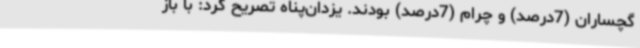
گچساران (7درصد) و چرام (7درصد) بودند. یزدان‌پناه تصریح کرد: با باز